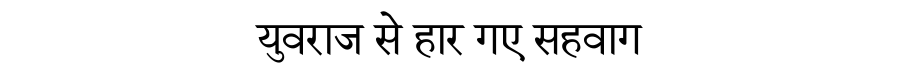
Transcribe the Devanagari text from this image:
युवराज से हार गए सहवाग